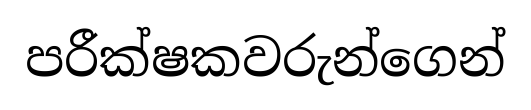
පරීක්ෂකවරුන්ගෙන්